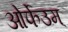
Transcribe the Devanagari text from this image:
ओर्फेउम्